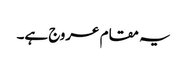
یہ مقام عروج ہے۔